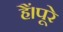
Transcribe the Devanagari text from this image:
हैं।पूरे